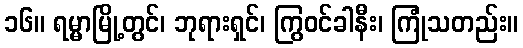
၁၆။ ရမ္မာမြို့တွင်၊ ဘုရားရှင်၊ ကြွဝင်ခါနီး၊ ကြုံသတည်း။